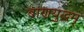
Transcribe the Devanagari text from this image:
बाणयुद्धम्